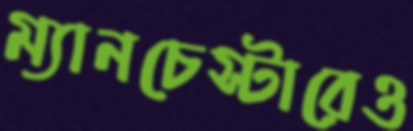
ম্যানচেস্টারেও